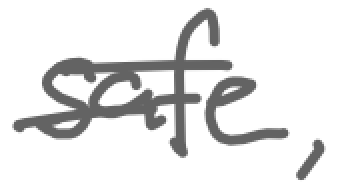
Text: safe,
Cross-out: wave
Writing tool: digital_gray